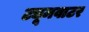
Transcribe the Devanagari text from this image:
ट्यूमवाटर